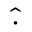
\widehat { \cdot }